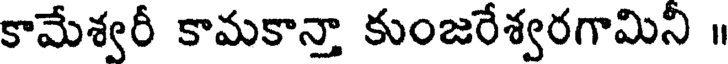
కామేశ్వరీ కామకాన్తా కుంజరేశ్వరగామిని ॥